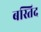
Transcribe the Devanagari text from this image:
बस्तिद